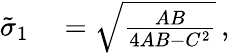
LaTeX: \begin{array}{rl}{\tilde{\sigma}_{1}}&{{}=\sqrt{\frac{AB}{4AB-C^{2}}}\, ,}\end{array}